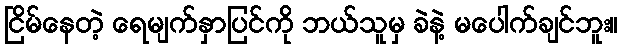
ငြိမ်နေတဲ့ ရေမျက်နှာပြင်ကို ဘယ်သူမှ ခဲနဲ့ မပေါက်ချင်ဘူး။